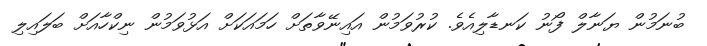
ބުނަމުން ޔަނާލް ފޯނު ކަނޑާލިއެވެ. ކުރުވަމުން އައިނޭވާތަށް ހަމައަކަށް އަޅުވަމުން ނިކްހާއަށް ބަލައިލި